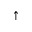
^ \uparrow